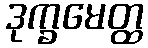
ဒုက္ခမေတ္ထ